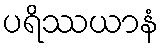
ပရိဿယာနံ